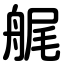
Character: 艉